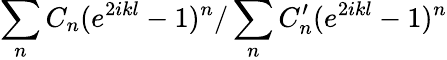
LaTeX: \sum_{n}C_{n}(e^{2ikl}-1)^{n}/\sum_{n}C_{n}^{\prime}(e^{2ikl}-1)^{n}